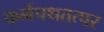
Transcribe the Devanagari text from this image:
कर्मपथतत्पर